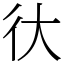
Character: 㣕